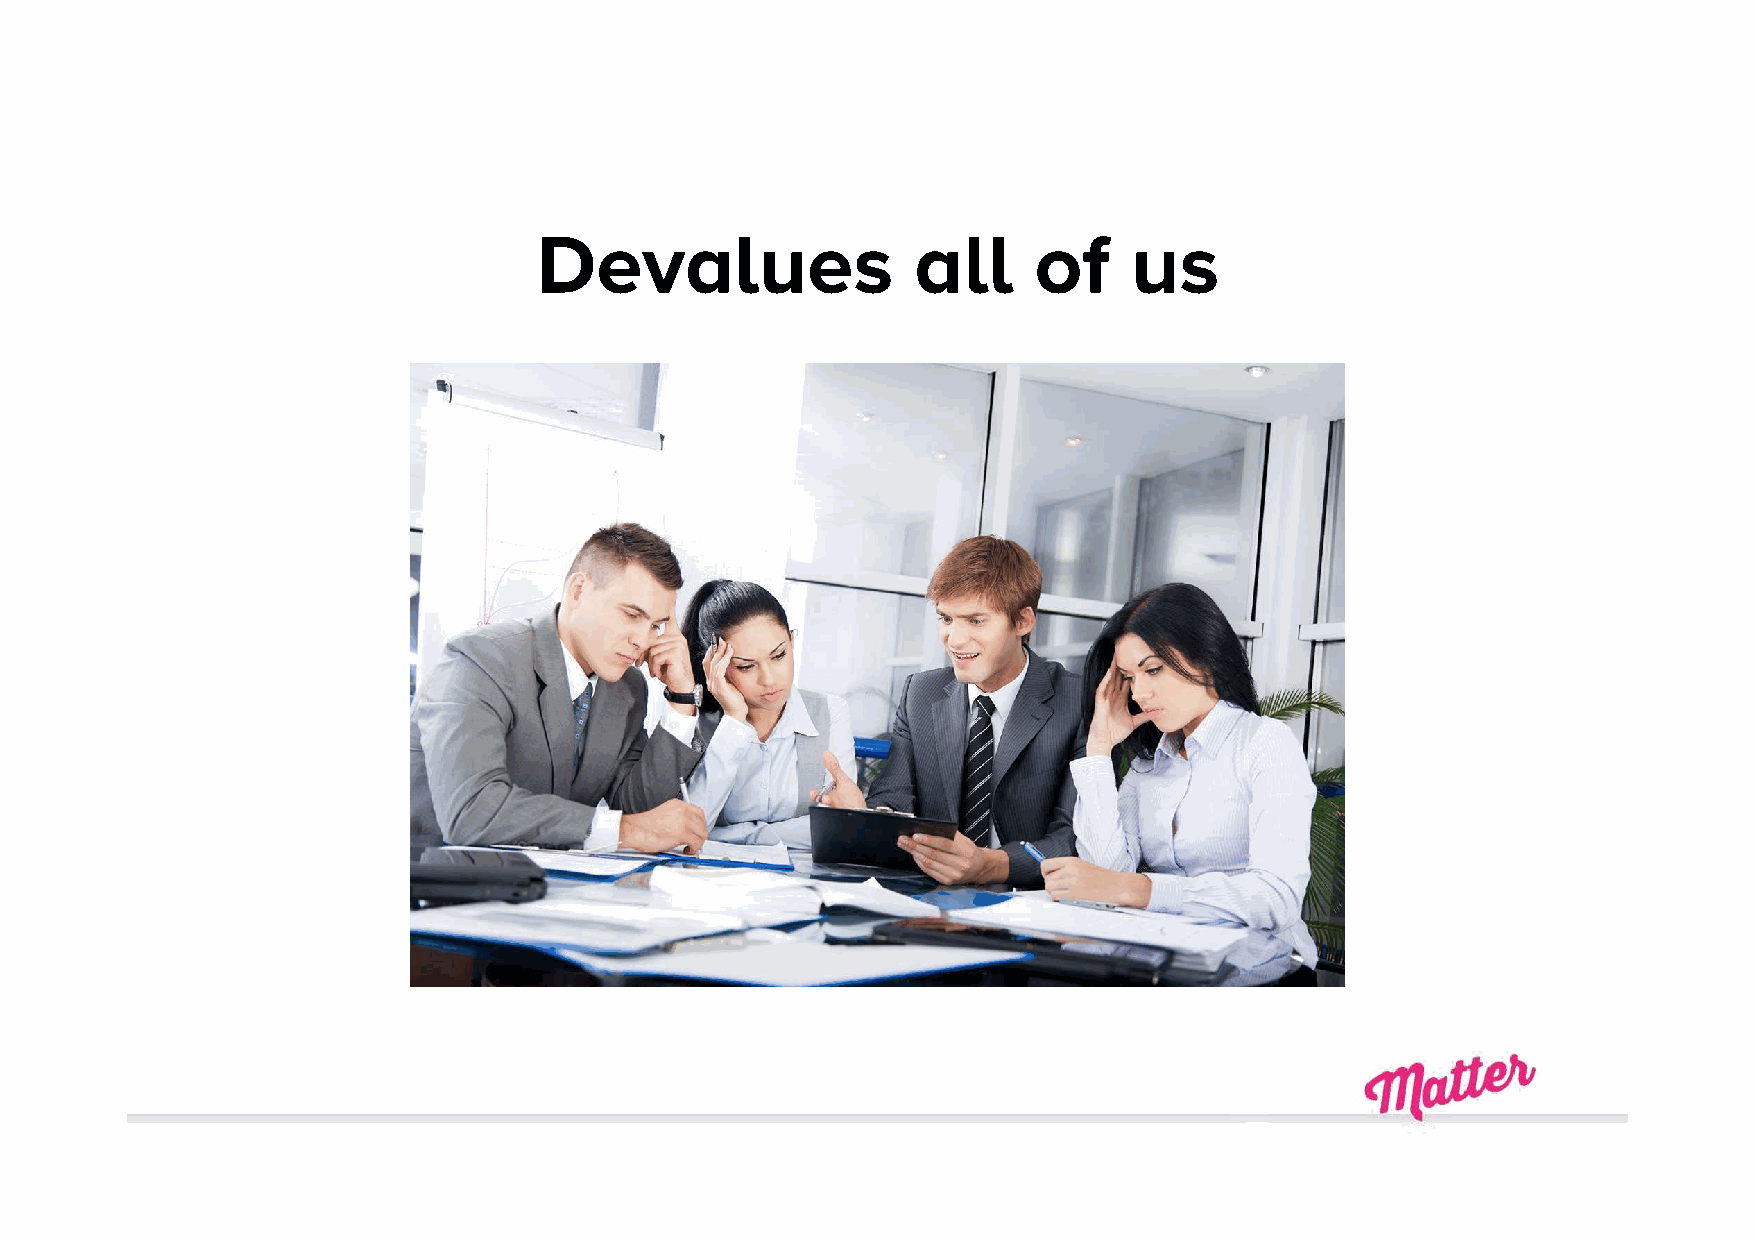
Devalues                 all    of     us